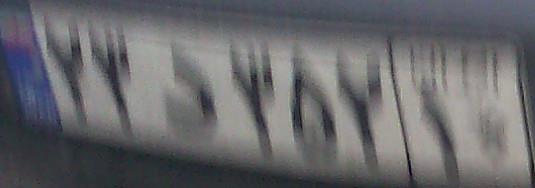
۷۳د۳۵۲۱۰